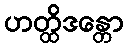
ဟတ္ထိဒန္တော